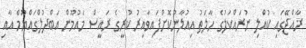
ރާއްޖޭގައި ކުއްލި ނުރައްކަލުގެ ހާލަތު އިއުލާނުކޮށްފައިވާއިރު ކުރީގެ ރައީސް މައުމޫން އަބްދުލްގައްޔޫމް އާއި